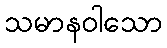
သမာနဝါသော